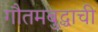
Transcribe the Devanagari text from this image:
गौतमबुद्धाची